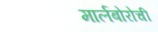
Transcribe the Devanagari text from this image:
मार्लबोरोची